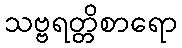
သဗ္ဗရတ္တိစာရော